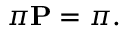
\pi \mathbf { P } = \pi .